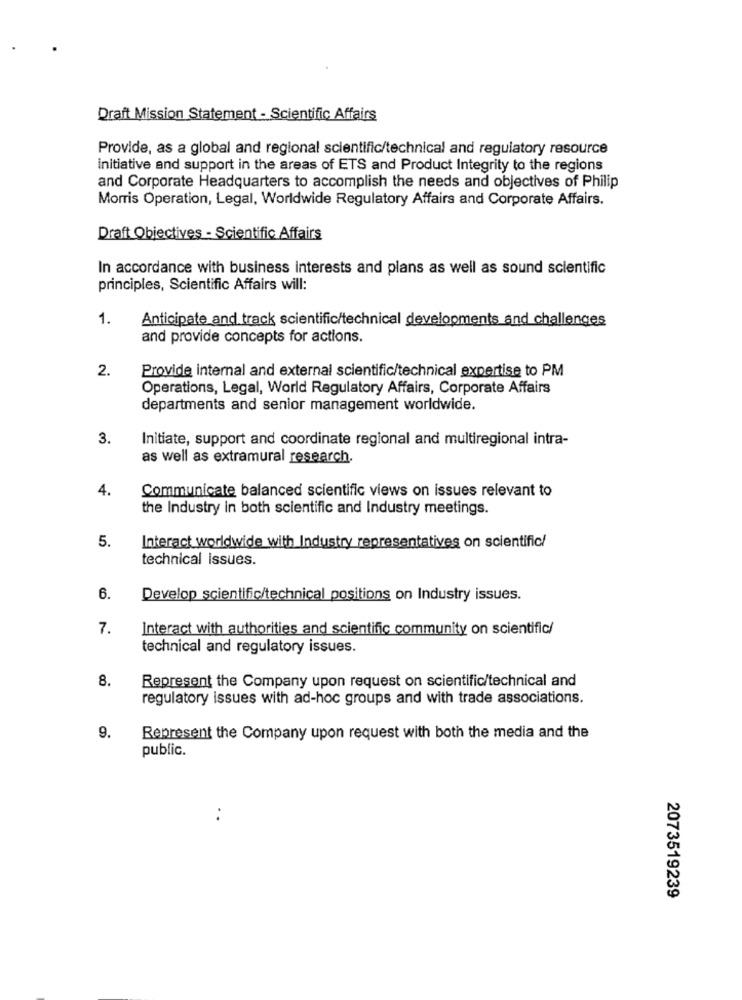
Draft Mission Statement - Scientific Affairs
Provide, as a global and regional scientific/technical and regulatory resource
initiative and support in the areas of ETS and Product Integrity to the regions
and Corporate Headquarters to accomplish the needs and objectives of Philip
Morris Operation, Legal, Worldwide Regulatory Affairs and Corporate Affairs.
Draft Objectives - Scientific Affairs
In accordance with business interests and plans as well as sound scientific
principles, Scientific Affairs will:
1.
Anticipate and track scientific/technical developments and challenges
and provide concepts for actions.
2.
Provide internal and external scientific/technical expertise to PM
Operations, Legal, World Regulatory Affairs, Corporate Affairs
departments and senior management worldwide.
3.
Initiate, support and coordinate regional and multiregional intra-
as well as extramural research.
4.
Communicate balanced scientific views on issues relevant to
the Industry in both scientific and Industry meetings.
5.
Interact worldwide with Industry representatives on scientific/
technical issues.
6.
Develop scientific/technical positions on Industry issues.
7.
Interact with authorities and scientific community on scientific/
technical and regulatory issues.
8.
Represent the Company upon request on scientific/technical and
regulatory issues with ad-hoc groups and with trade associations.
9.
Represent the Company upon request with both the media and the
public.
..
2073519239